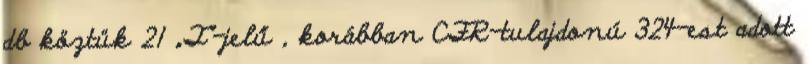
db köztük 21 „T”-jelű , korábban CFR-tulajdonú 324-est adott